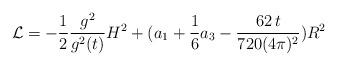
LaTeX: \begin{align*}{\cal L}= -\frac{1}{2} \frac{g^2}{g^2(t)} H^2 + (a_1 + \frac{1}{6}a_3 -\frac{62 \, t}{720(4 \pi)^2}) R^2\end{align*}